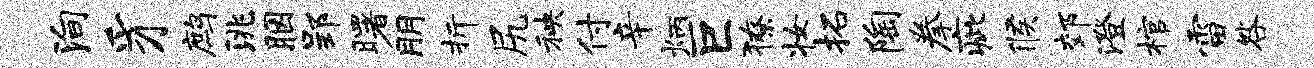
殉豸鹧洮胭郢曙朋折尻秧付辛炳巨獠妆拓陶拳疵候郊澄棺雷咎